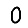
Digit: 0